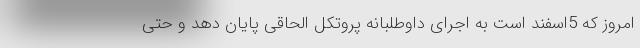
امروز که 5اسفند است به اجرای داوطلبانه پروتکل الحاقی پایان دهد و حتی